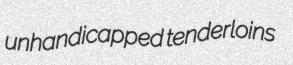
unhandicapped tenderloins